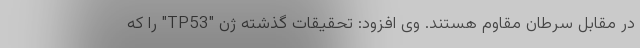
در مقابل سرطان مقاوم هستند. وی افزود: تحقیقات گذشته ژن "TP53" را که